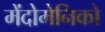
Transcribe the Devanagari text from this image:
मेंदोमेनिको